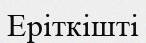
Еріткішті